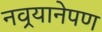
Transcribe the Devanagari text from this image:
नवर्‍यानेपण